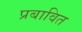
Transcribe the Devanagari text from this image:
प्रबावित